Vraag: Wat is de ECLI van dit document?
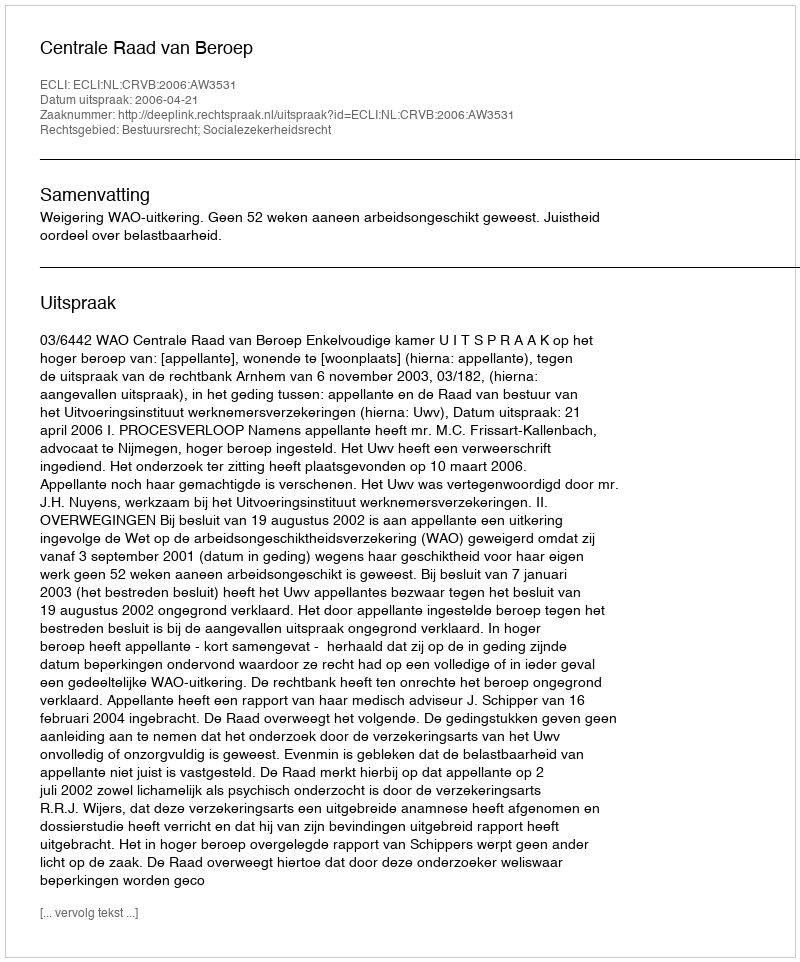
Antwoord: ECLI:NL:CRVB:2006:AW3531